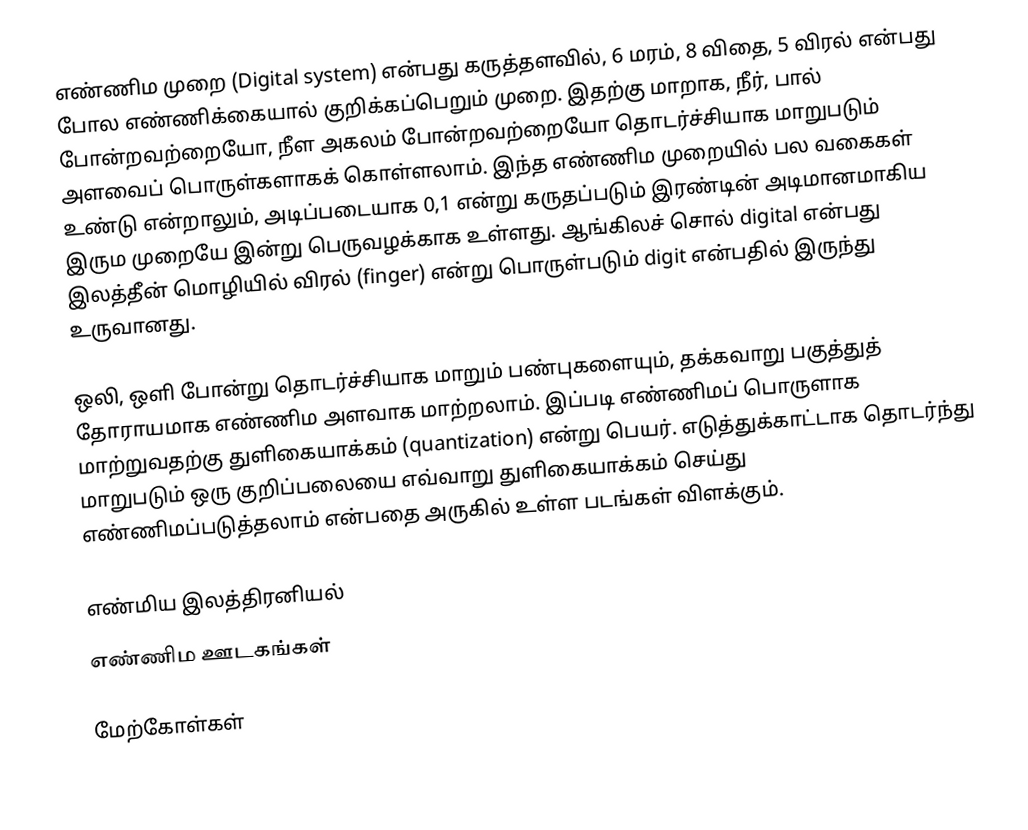
எண்ணிம முறை (Digital system) என்பது கருத்தளவில், 6 மரம், 8 விதை, 5 விரல் என்பது போல எண்ணிக்கையால் குறிக்கப்பெறும் முறை.  இதற்கு மாறாக, நீர், பால் போன்றவற்றையோ, நீள அகலம் போன்றவற்றையோ தொடர்ச்சியாக மாறுபடும் அளவைப் பொருள்களாகக் கொள்ளலாம். இந்த எண்ணிம முறையில் பல வகைகள் உண்டு என்றாலும், அடிப்படையாக  0,1 என்று கருதப்படும் இரண்டின் அடிமானமாகிய இரும முறையே இன்று பெருவழக்காக உள்ளது. ஆங்கிலச் சொல் digital என்பது இலத்தீன் மொழியில் விரல் (finger) என்று பொருள்படும் digit என்பதில் இருந்து உருவானது.

ஒலி, ஒளி போன்று தொடர்ச்சியாக மாறும் பண்புகளையும், தக்கவாறு பகுத்துத் தோராயமாக எண்ணிம அளவாக மாற்றலாம்.  இப்படி எண்ணிமப் பொருளாக மாற்றுவதற்கு துளிகையாக்கம் (quantization) என்று பெயர். எடுத்துக்காட்டாக தொடர்ந்து மாறுபடும் ஒரு குறிப்பலையை எவ்வாறு துளிகையாக்கம் செய்து எண்ணிமப்படுத்தலாம் என்பதை அருகில் உள்ள படங்கள் விளக்கும்.

எண்மிய இலத்திரனியல்
எண்ணிம ஊடகங்கள்

மேற்கோள்கள்